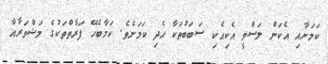
ކަމަށާއި އެކަން ލަސްވީ އެކިއެކި ސަބަބުތަކާ ހެދި ކަމަށެވެ. ކަމާބެހޭ ފަރާތްތަކުގެ މަޝްވަރާއާ